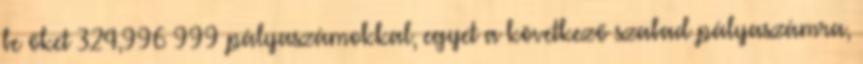
be őket 324,996–999 pályaszámokkal, egyet a következő szabad pályaszámra,